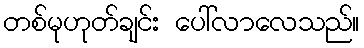
တစ်မုဟုတ်ချင်း ပေါ်လာလေသည်။